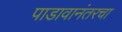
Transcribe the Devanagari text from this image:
पाडावानंतरचा